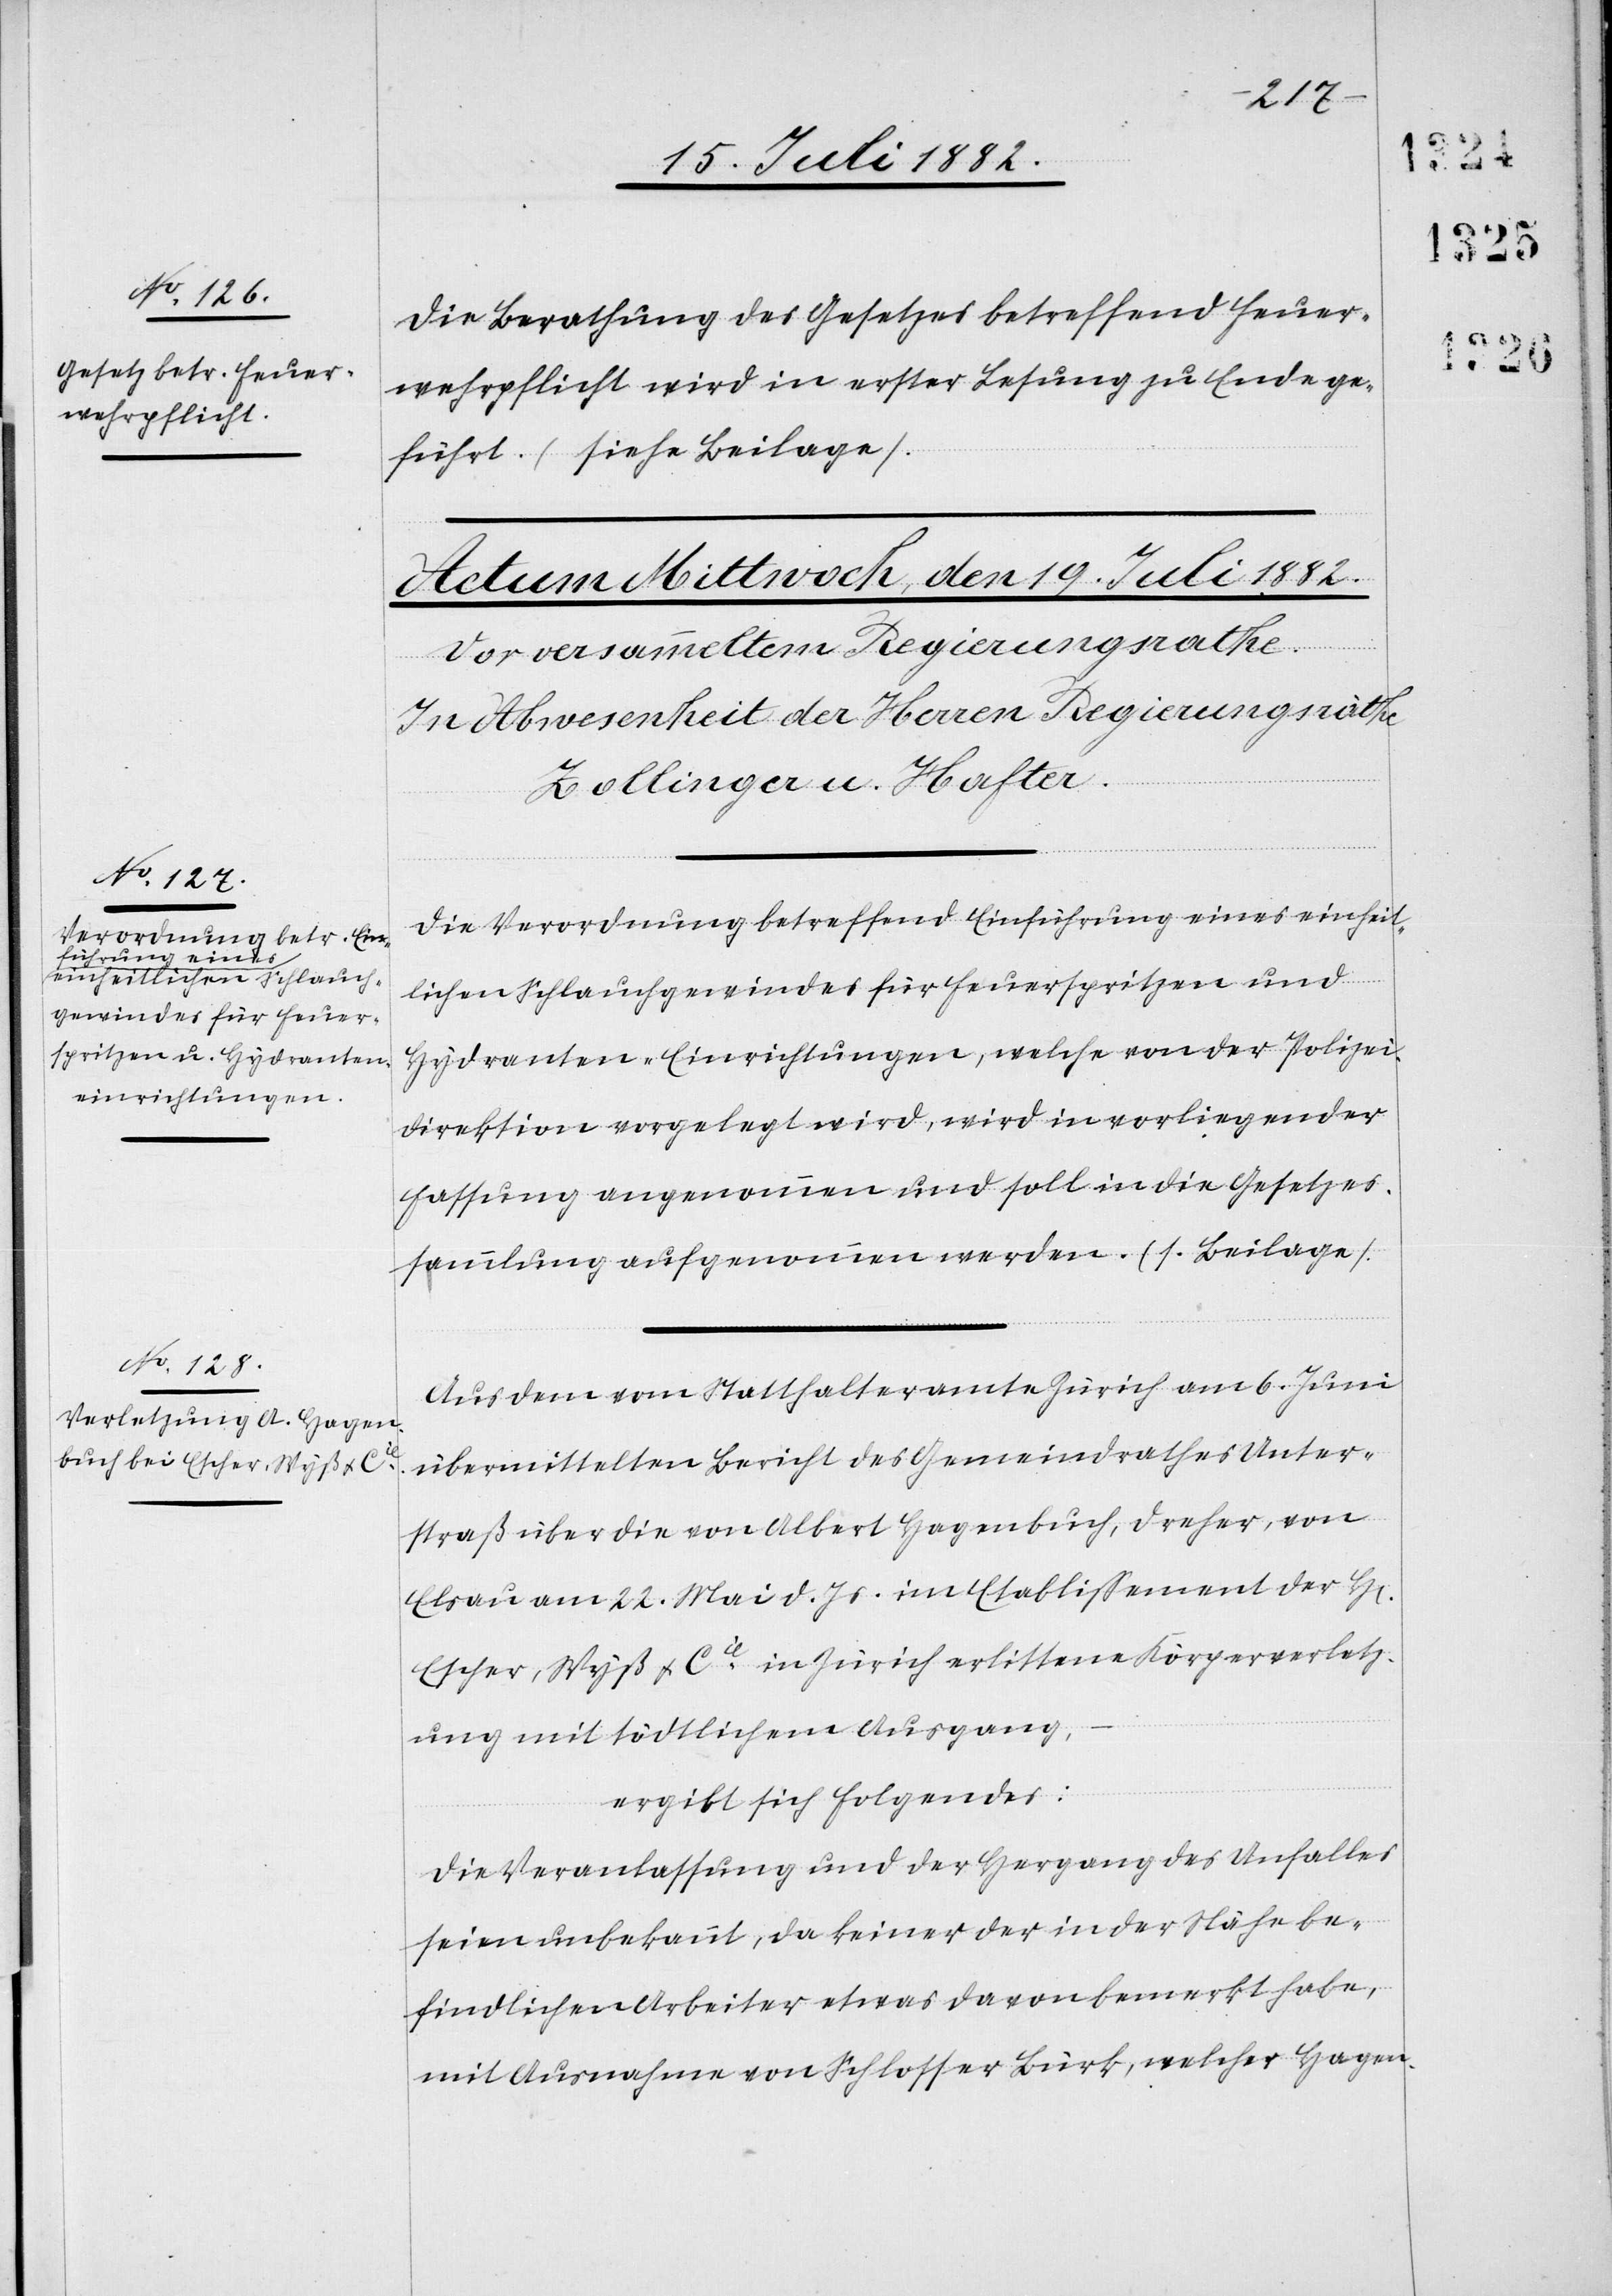
Die Berathung des Gesetzes betreffend Feuer¬
wehrpflicht wird in erster Lesung zu Ende ge¬
führt. (siehe Beilage).
ren]
Die Verordnung betreffend Einführung eines einheit¬
lichen Schlauchgewindes für Feuerspritzen und
Hydranten-Einrichtungen, welche von der Polizei¬
direktion vorgelegt wird, wird in vorliegender
Fassung angenommen und soll in die Gesetzes¬
sammlung aufgenommen werden. (s. Beilage).
Aus dem vom Statthalteramte Zürich am 6. Juni
übermittelten Bericht des Gemeindrathes Unter¬
straß über die von Albert Hagenbuch, Dreher, von
Elsau am 22. Mai d. Js. im Etablissement der H[er¬
Escher, Wyß & Cie in Zürich erlittene Körperverletz¬
ung mit tödtlichem Ausgang,
ergibt sich folgendes:
Die Veranlassung und der Hergang des Unfalles
seien unbekannt, da keiner der in der Nähe be¬
findlichen Arbeiter etwas davon bemerkt habe,
mit Ausnahme von Schlosser Bürk, welcher Hagen-